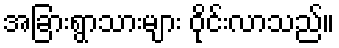
အခြားရွာသားများ ဝိုင်းလာသည်။